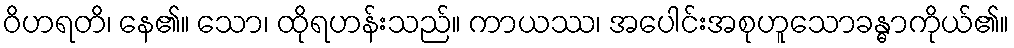
ဝိဟရတိ၊ နေ၏။ သော၊ ထိုရဟန်းသည်။ ကာယဿ၊ အပေါင်းအစုဟူသောခန္ဓာကိုယ်၏။